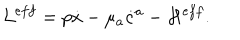
LaTeX: { \cal { L } } ^ { e f f } = p \dot { x } - \mu _ { a } \dot { c } ^ { a } - { \cal H } ^ { e f f } .